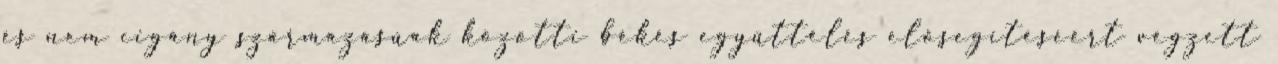
és nem cigány származásúak közötti békés együttélés elősegítéséért végzett